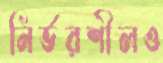
নির্ভরশীলও